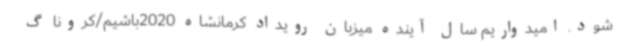
شود. امیدواریم سال آینده میزبان رویداد کرمانشاه 2020باشیم/کرونا گ